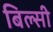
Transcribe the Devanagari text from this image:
बिल्‍सी